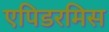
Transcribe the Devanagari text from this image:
एपिडरमिस